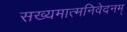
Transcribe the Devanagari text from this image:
सख्यमात्मनिवेदनम्